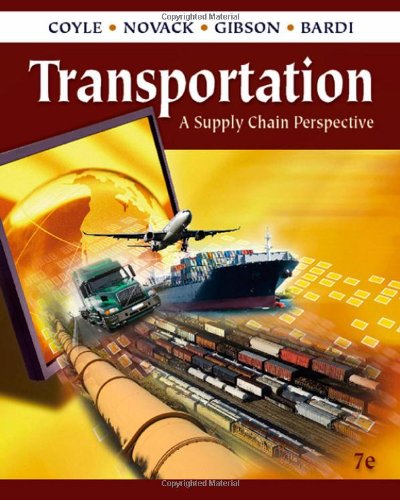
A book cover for Transportation: A Supply Chain Perspective; John J. Coyle; Business & Money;